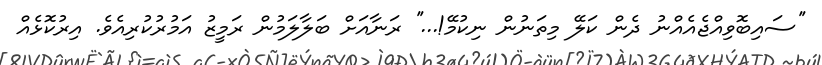
''ސައިބޮވިއްޖެއެއްނު ދެން ކަލޭ މިތަނުން ނިކުމޭ!...'' ރަނާއަށް ބަލާލަމުން ރަމީޒު އަމުރުކުރިއެވެ. އިރުކޮޅެއް